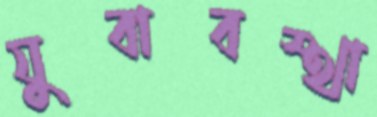
যুবাবস্থা